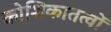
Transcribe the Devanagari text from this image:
कोशिकातत्वों